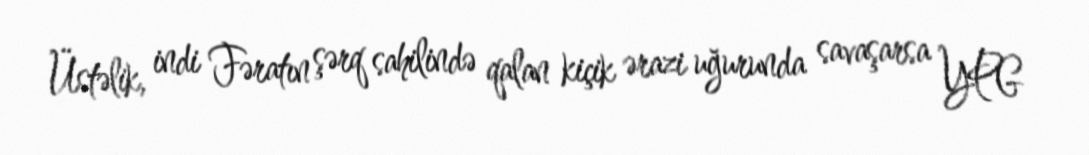
Üstəlik, indi Fəratın şərq sahilində qalan kiçik ərazi uğurunda savaşarsa YPG